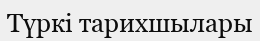
Түркі тарихшылары